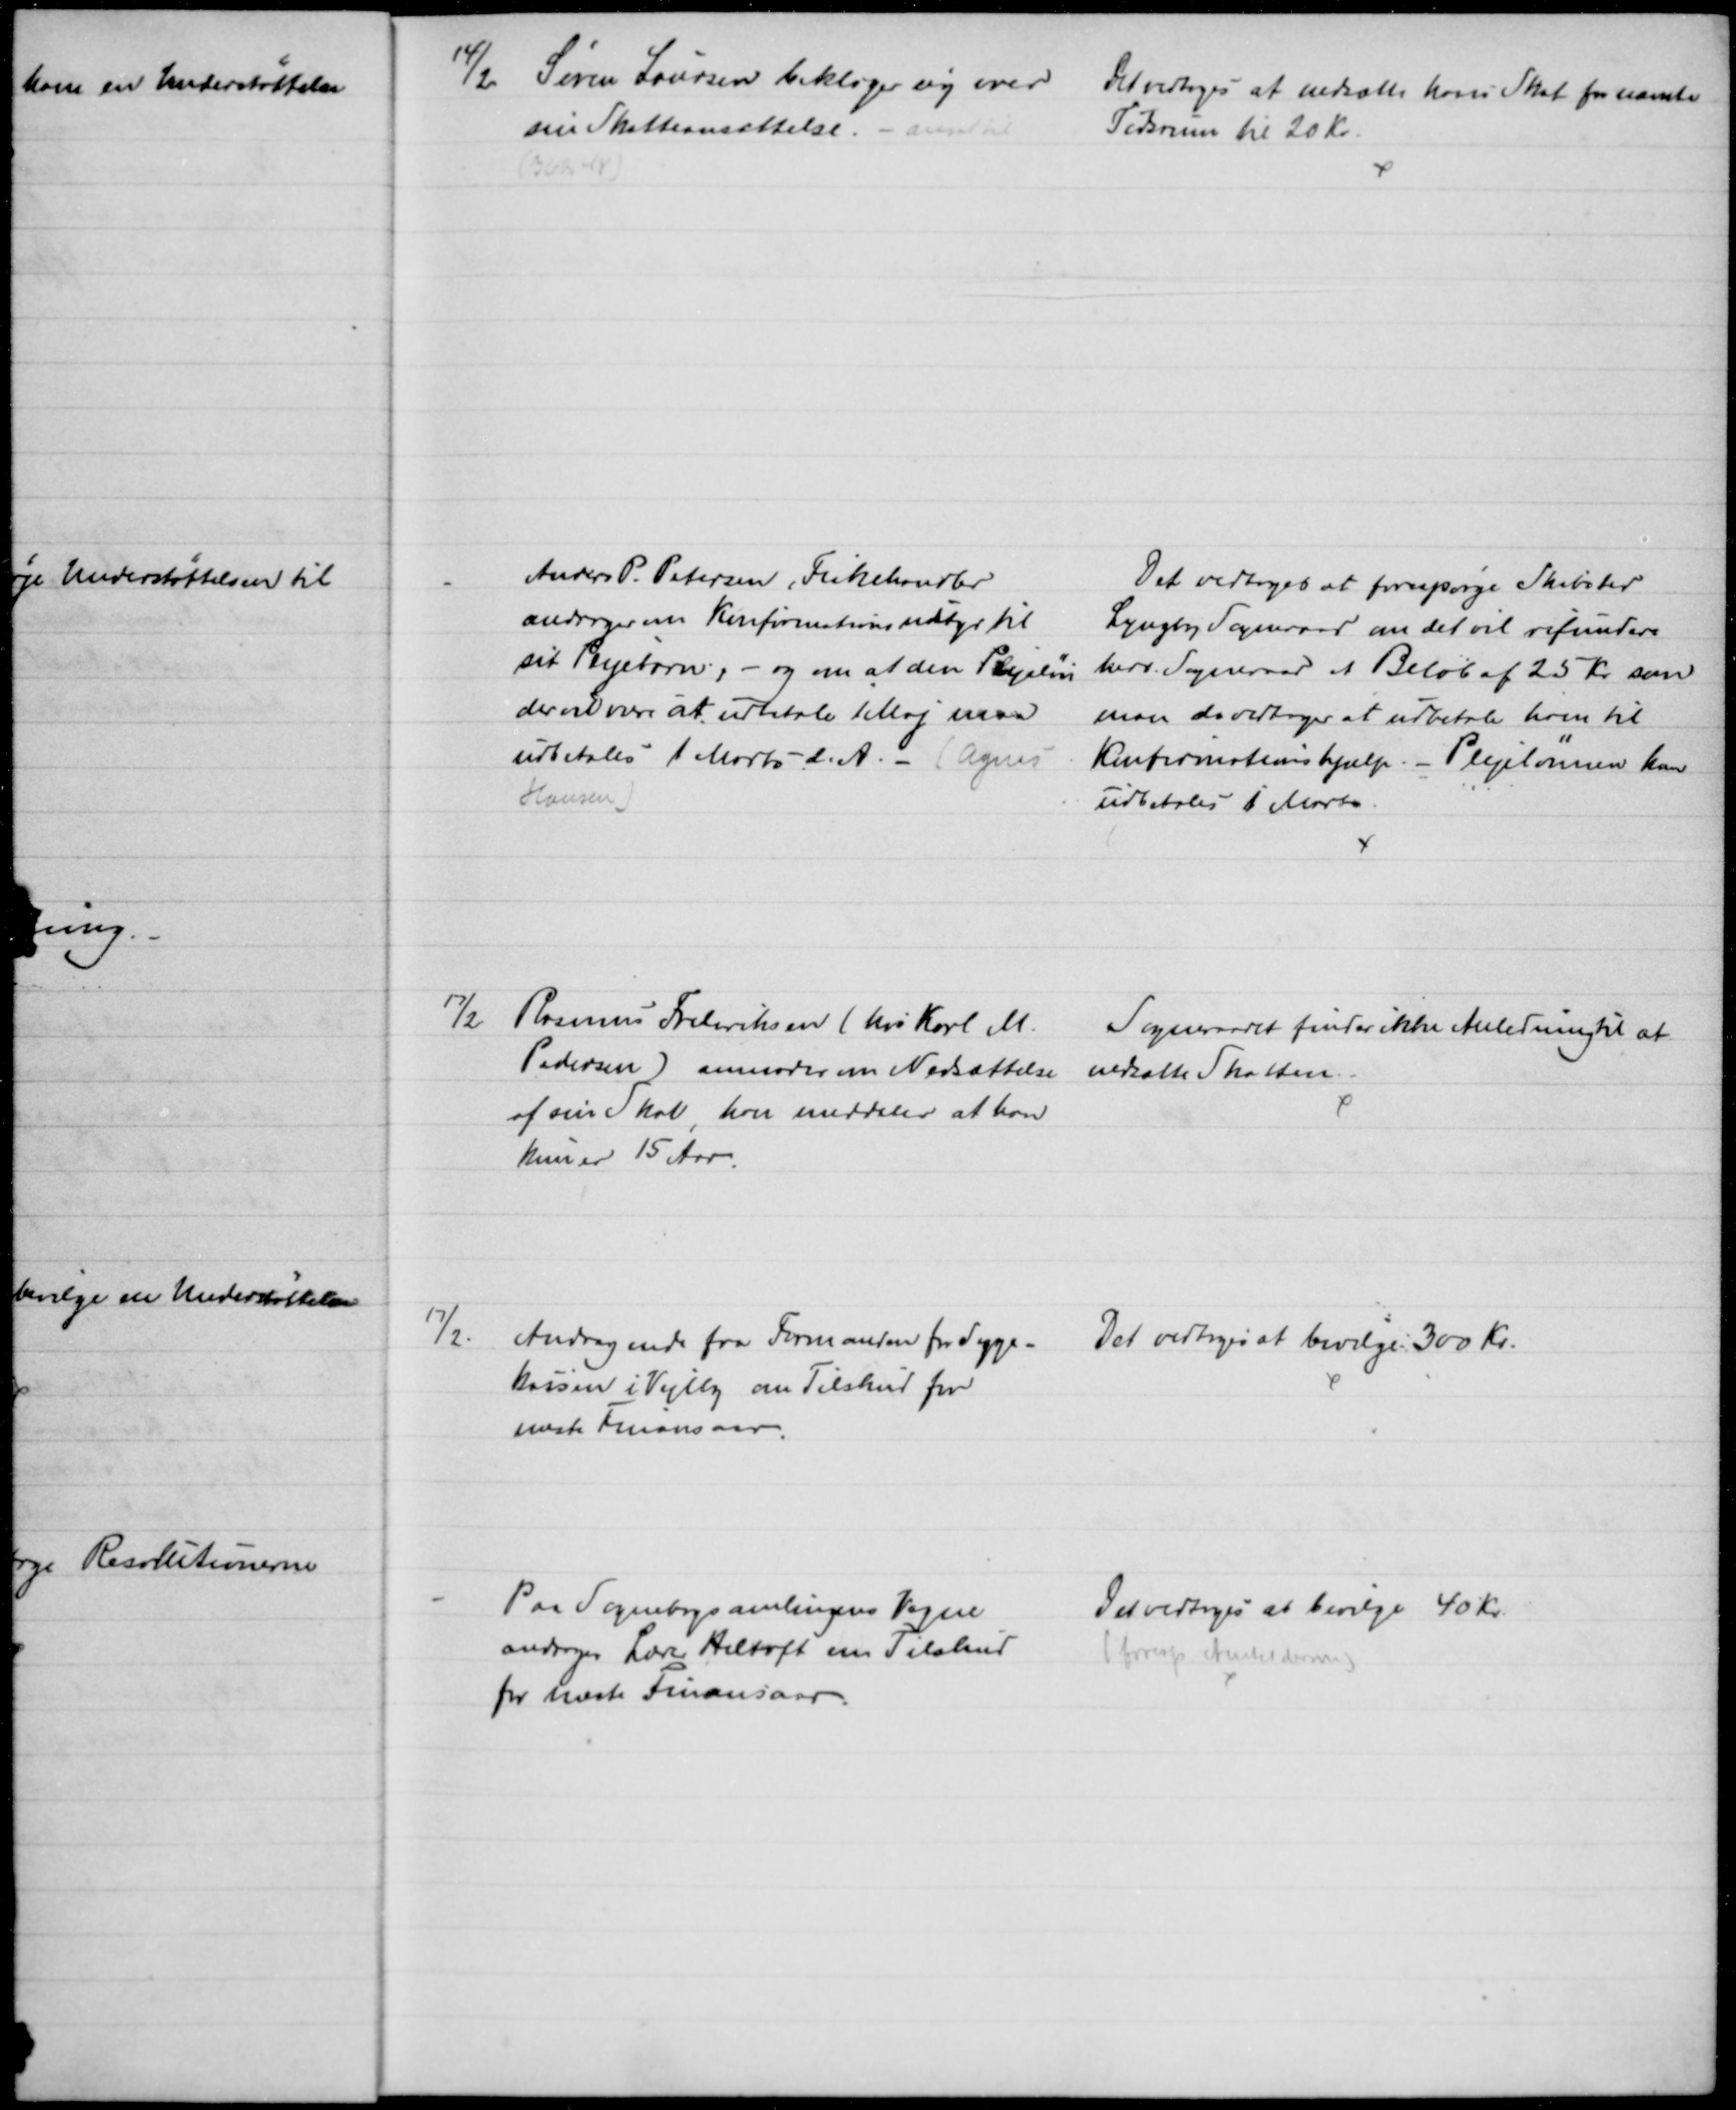
Transskription:
14/2 
Søren Laursen beklager sig over 
sin Skatteansættelse. 
Det vedtoges at nedsætte hans Skat for nævnte
Tidsrum til 20 Kr.
Anders P. Petersen, Fiskehandler
andrager en Konfirmationsudstyr til
sit Plejebarn, - og om at den Plejeløn
der vil være at udbetale 1 Maj maa
udbetales 1 Marts d. A. - (Agnes
Hansen)
Det vedtoges at forespørge Skibsted
Lyngby Sogneraad om det vil refundere
herv. Sogneraad et Beløb af 25 Kr som
man da vedtager at udbetale ham til 
Konfirmationshjælp. - Plejelønnen kan
udbetales 1 Marts
17/2 Rasmus Frederiksen (hos Karl M.
Pedersen) anmoder om Nedsættelse
af sin Skat, han meddeler at han
kun er 15 Aar.
Sogneraadet finder ikke Anledning til at
nedsætte Skatten.
17/2
Andragende fra Formanden for Syge-
kassen i Vejlby om Tilskud for
næste Finansaar.
Det vedtoges at bevilge 300 Kr.
Paa Sognebogsamlingens Vegne
andrager Lærer Heltoft om Tilskud
for næste Finansaar.
Det vedtoges at bevilge 40 Kr.
(foresp Amtet derom